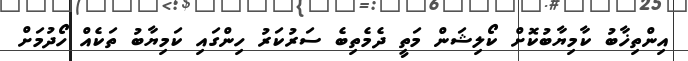
އިންތިޚާބު ކާމިޔާބުކޮށް ކޯލިޝަން މަތީ ދެމެތިބެ ސަރުކަރު ހިންގައި ކަމިޔާބު ތަކެއް ހޯދުމަށް